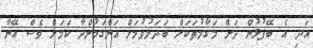
އަދި އެ ބޭފުޅުން ދަށް މަގާމުތަކަށް ބަދަލުވުމަށް އަންގަމުންދާ ކަމަށް ވެސް އޭނާ